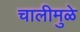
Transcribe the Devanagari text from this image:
चालीमुळे